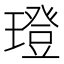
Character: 璒